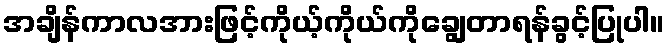
အချိန်ကာလအားဖြင့်ကိုယ့်ကိုယ်ကိုချွေတာရန်ခွင့်ပြုပါ။